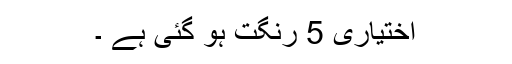
اختیاری 5 رنگت ہو گئی ہے ۔